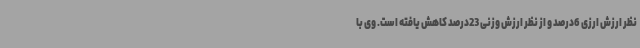
نظر ارزش ارزی 6درصد و از نظر ارزش وزنی 23درصد کاهش یافته است. وی با